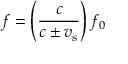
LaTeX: f = \left( { \frac { c } { c \pm v _ { \mathrm { s } } } } \right) f _ { 0 }